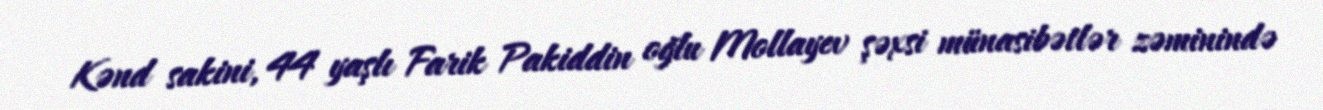
Kənd sakini, 44 yaşlı Farik Pakiddin oğlu Mollayev şəxsi münasibətlər zəminində